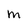
Character: M